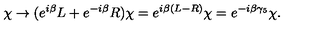
\chi \to ( e ^ { i \beta } L + e ^ { - i \beta } R ) \chi = e ^ { i \beta ( L - R ) } \chi = e ^ { - i \beta \gamma _ { 5 } } \chi .